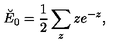
\breve { E } _ { 0 } = \frac 1 2 \sum _ { z } z e ^ { - z } ,